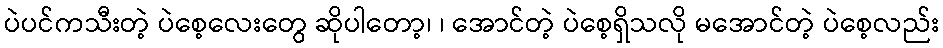
ပဲပင်ကသီးတဲ့ ပဲစေ့လေးတွေ ဆိုပါတော့၊ ၊ အောင်တဲ့ ပဲစေ့ရှိသလို မအောင်တဲ့ ပဲစေ့လည်း